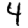
Digit: 4